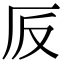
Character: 𠨹